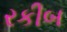
રકીબ